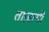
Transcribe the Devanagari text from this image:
ताज़ागी